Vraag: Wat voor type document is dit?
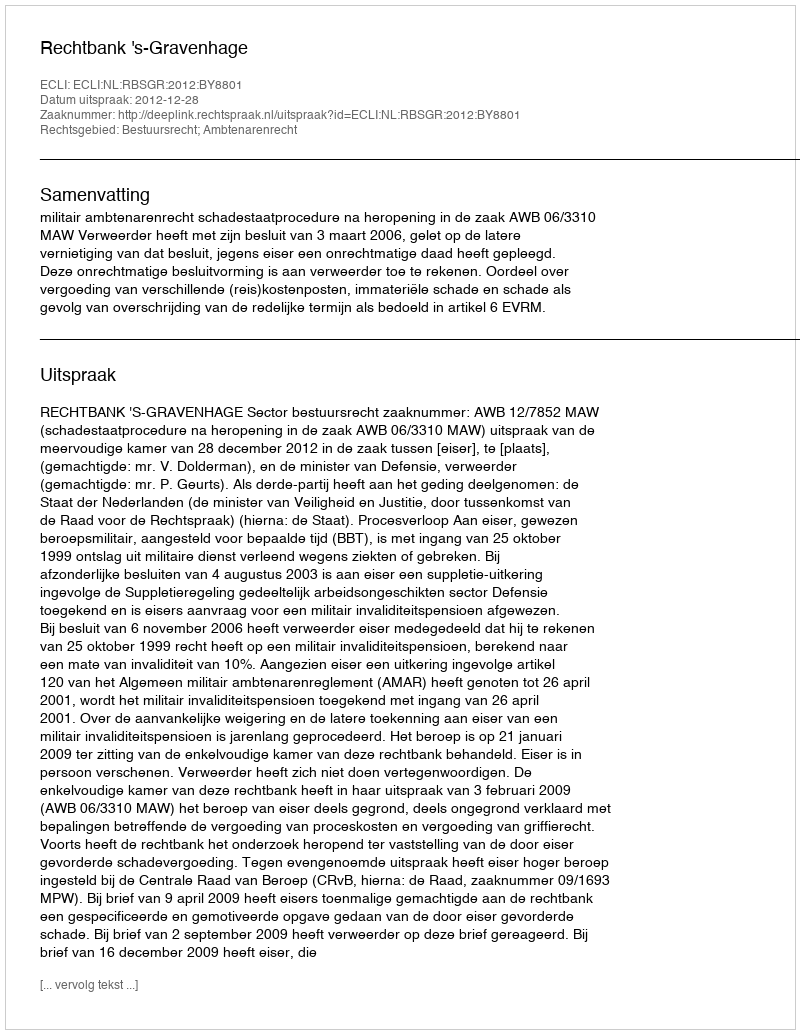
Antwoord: Uitspraak